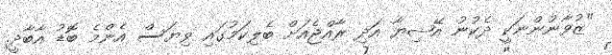
"ޒުވާނުންނަކީ ދެކުނު އޭޝިޔާ އަދި ރާއްޖެއަށް ބެލިކަމުގައި ވިޔަސް އެންމެ ބޮޑު އާބާދީ.